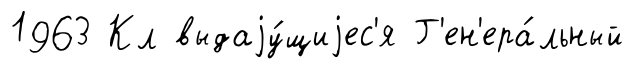
1963 Кл выдаjу́щиjес'я Г'ен'ера́льный